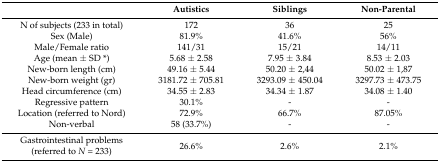
|  | Autistics | Siblings | Non-Parental |
 | --- | --- | --- | --- |
 | N of subjects (233 in total) | 172 | 36 | 25 |
 | Sex (Male) | 81.9% | 41.6% | 56% |
 | Male/Female ratio | 141/31 | 15/21 | 14/11 |
 | Age (mean ± SD *) | 5.68 ± 2.58 | 7.95 ± 3.84 | 8.53 ± 2.03 |
 | New-born length (cm) | 49.16 ± 5.44 | 50.20 ± 2,44 | 50.02 ± 1,87 |
 | New-born weight (gr) | 3181.72 ± 705.81 | 3293.09 ± 450.04 | 3297.73 ± 473.75 |
 | Head circumference (cm) | 34.55 ± 2.83 | 34.34 ± 1.87 | 34.34 ± 1.87 | 34.08 ± 1.40 |
 | Regressive pattern | 30.1% | - | - |
 | Location (referred to Nord) | 72.9% | 66.7% | 87.05% |
 | Non-verbal | 58 (33.7%) | - | - |
 | Gastrointestinal problems (referred to N = 233) | 26.6% | 2.6% | 2.1% |